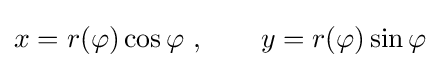
x=r(\varphi )\cos \varphi \ ,\qquad y=r(\varphi )\sin \varphi